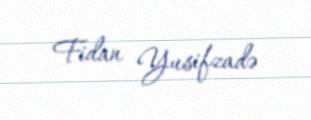
Fidan Yusifzadə